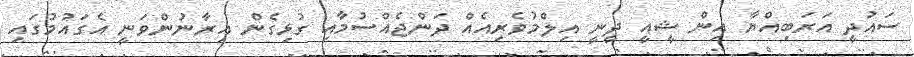
ސައުދީ އަރަބިއްޔާ އިން ޝީއީ ދީނީ އިލްމުވެރިއެއް ދަންޖެއްސުމާއި ގުޅިގެން އިރާނުންވަނީ އެގައުމުގައި